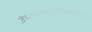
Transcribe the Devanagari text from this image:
उंचसखलपणावरून